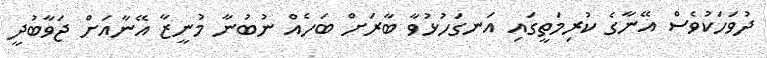
ދުވަހަކުވެސް އޭނާގެ ކުރިމަތީގައި އަނގަހުޅުވާ ބާރަށް ބަހެއް ނުބުނާ މުނީޒާ އޭނާއަށް ޖަވާބުދީ